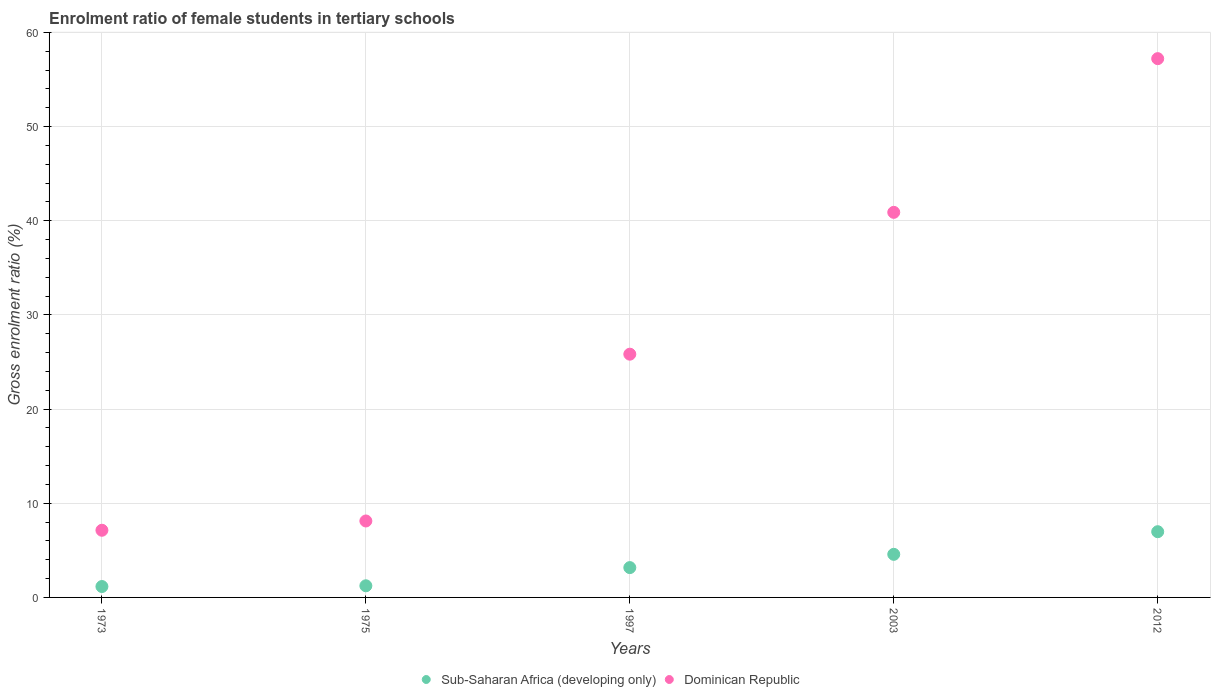
| Years | Sub-Saharan Africa (developing only) | Dominican Republic |
 | --- | --- | --- |
 | 1973 | 1.16 | 7.13 |
 | 1975 | 1.24 | 8.12 |
 | 1997 | 3.17 | 25.8 |
 | 2003 | 4.58 | 40.9 |
 | 2012 | 6.98 | 57.2 |